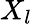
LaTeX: X_{l}